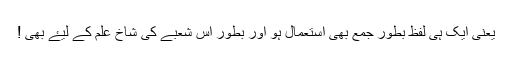
یعنی ایک ہی لفظ بطور جمع بھی استعمال ہو اور بطور اس شعبے کی شاخ علم کے لیۓ بھی !